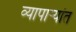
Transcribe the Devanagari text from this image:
व्यापाऱ्यांत